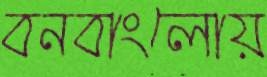
বনবাংলোয়